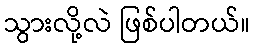
သွားလို့လဲ ဖြစ်ပါတယ်။